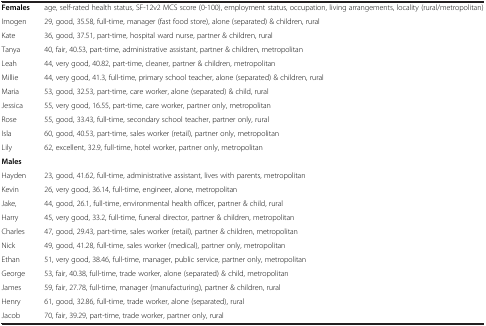
<table><thead><tr><td><b> </b></td><td><b> </b></td></tr></thead><tbody><tr><td><b>Females</b></td><td>age, self-rated health status, SF-12v2 MCS score (0-100), employment status, occupation, living arrangements, locality (rural/metropolitan)</td></tr><tr><td>Imogen</td><td>29, good, 35.58, full-time, manager (fast food store), alone (separated) &amp; children, rural</td></tr><tr><td>Kate</td><td>36, good, 37.51, part-time, hospital ward nurse, partner &amp; children, rural</td></tr><tr><td>Tanya</td><td>40, fair, 40.53, part-time, administrative assistant, partner &amp; children, metropolitan</td></tr><tr><td>Leah</td><td>44, very good, 40.82, part-time, cleaner, partner &amp; children, metropolitan</td></tr><tr><td>Millie</td><td>44, very good, 41.3, full-time, primary school teacher, alone (separated) &amp; children, rural</td></tr><tr><td>Maria</td><td>53, good, 32.53, part-time, care worker, alone (separated) &amp; child, rural</td></tr><tr><td>Jessica</td><td>55, very good, 16.55, part-time, care worker, partner only, metropolitan</td></tr><tr><td>Rose</td><td>55, good, 33.43, full-time, secondary school teacher, partner only, rural</td></tr><tr><td>Isla</td><td>60, good, 40.53, part-time, sales worker (retail), partner only, metropolitan</td></tr><tr><td>Lily</td><td>62, excellent, 32.9, full-time, hotel worker, partner only, metropolitan</td></tr><tr><td><b>Males</b></td><td> </td></tr><tr><td>Hayden</td><td>23, good, 41.62, full-time, administrative assistant, lives with parents, metropolitan</td></tr><tr><td>Kevin</td><td>26, very good, 36.14, full-time, engineer, alone, metropolitan</td></tr><tr><td>Jake,</td><td>44, good, 26.1, full-time, environmental health officer, partner &amp; child, rural</td></tr><tr><td>Harry</td><td>45, very good, 33.2, full-time, funeral director, partner &amp; children, metropolitan</td></tr><tr><td>Charles</td><td>47, good, 29.43, part-time, sales worker (retail), partner &amp; children, metropolitan</td></tr><tr><td>Nick</td><td>49, good, 41.28, full-time, sales worker (medical), partner only, metropolitan</td></tr><tr><td>Ethan</td><td>51, very good, 38.46, full-time, manager, public service, partner only, metropolitan</td></tr><tr><td>George</td><td>53, fair, 40.38, full-time, trade worker, alone (separated) &amp; child, metropolitan</td></tr><tr><td>James</td><td>59, fair, 27.78, full-time, manager (manufacturing), partner &amp; children, rural</td></tr><tr><td>Henry</td><td>61, good, 32.86, full-time, trade worker, alone (separated), rural</td></tr><tr><td>Jacob</td><td>70, fair, 39.29, part-time, trade worker, partner only, rural</td></tr></tbody></table>